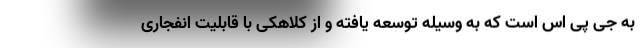
به جی پی اس است که به وسیله توسعه یافته و از کلاهکی با قابلیت انفجاری